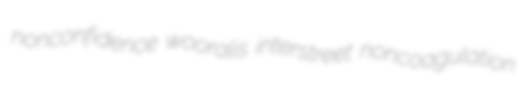
nonconfidence wooralis interstreet noncoagulation